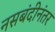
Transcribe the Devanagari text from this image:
नसबंदीनंतर